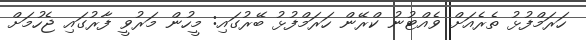
ހަރަމްފުޅު ތެރެއަށް ވެއްޓުނު ކްރޭން ހަރަމްފުޅު ބޭރުގައި: މީހުން މަރުވީ ފާރުގައި ޖެހުމަށް